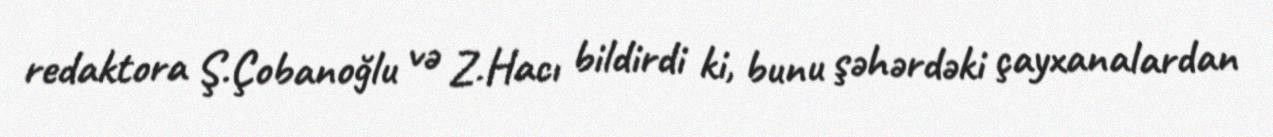
redaktora Ş.Çobanoğlu və Z.Hacı bildirdi ki, bunu şəhərdəki çayxanalardan